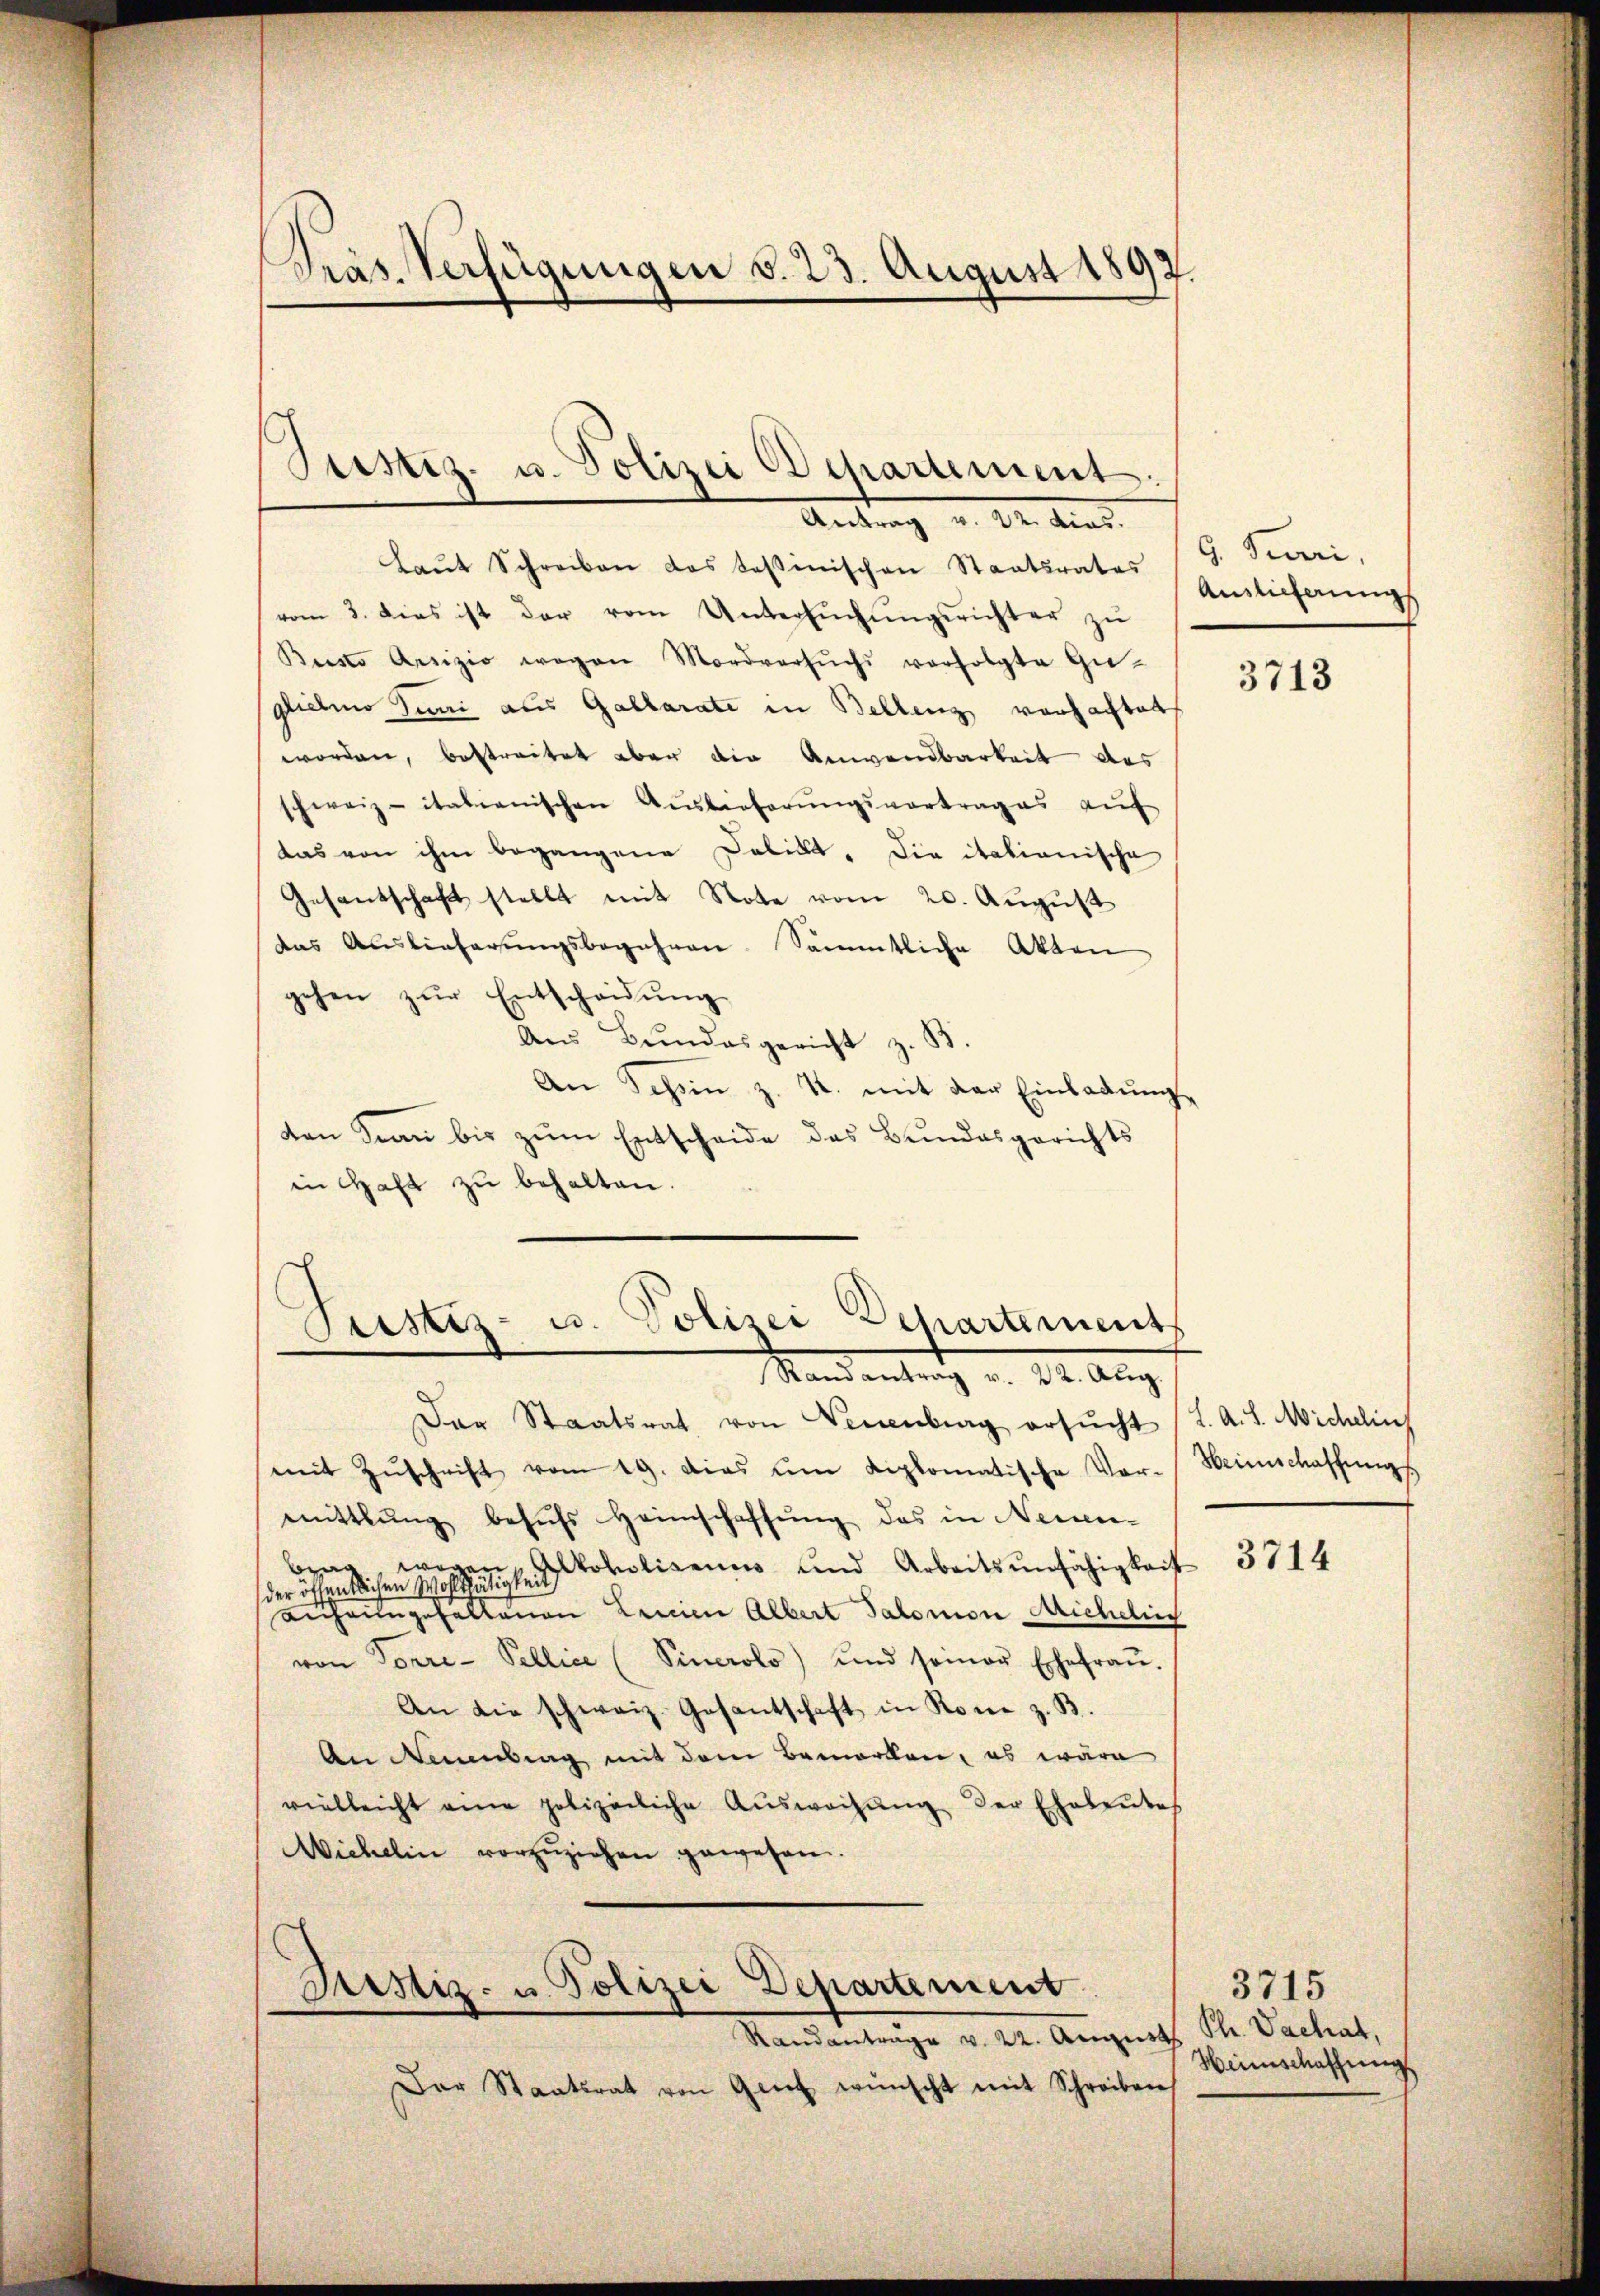
Präs. Verfügungen v. 23. August 1892.

Justiz- u. Polizei Departement.

Antrag u. Dr. Art.
Laŭt Schreiben das Tessinischen Staatsrates
vom 3. dies ist der vom Untersŭchŭngsrichter zŭ
Busts Ansizio wegen Mordversŭch verfolgte Guglieben Juni aus Gallarate in Bellenz vorhaftet
worden, bestreitet aber die Anwendbarkeit des
schweiz. italienischen Auslieferŭngsvortrages aŭf
das von ihm begangene Delikt, die italianische
Gesantschaft stellt mit Note vom 20. August
das Auslieferŭngsbegehren. Sämmtliche Akten
gehen zŭr Entscheidŭng
Aus Bundesgericht z. B
An Schin z. u. mit der Einladŭngs
den man bis zum Entscheide des Bundesgerichts
in Haft zu behalten.
Das Staatsrat von Neuenburg ersŭcht (L. A. L. Michelins
mit Zŭschrift vom 19. das um diplomatische Vor-
mittlung besuchs Heimschaffŭng das in Neuen-
brag, wegen, Alkoholiseums und Arbeitsunfähigkeit 3714
der öffentlichen Wohlthätigkeit
Lechnungehaltenen Linien Albert Salomon Micheli
von Torre-Pellice (Pinerolo) und seiner Ehefraŭ.
An die schweiz. Gesantschaft in Kone z. B.
An Naumbung mit dem Bemerken, es wäre
vielleicht eine polizeiliche Aŭsweisŭng der Eheleŭtes
Wichelin vorzuziehen gewesen.
Justiz- u. Polizei Departement
Randantrage v. 22. August Ph. Vachat,
Der Staatsrat von Genet wünscht mit Schreiben

Pristiz- u. Polizei Departements
Randantrag v. 22. Aug.

9. Peeri,
Anslicherungs

3713

Heimschaffung

3715
Heimschaffung